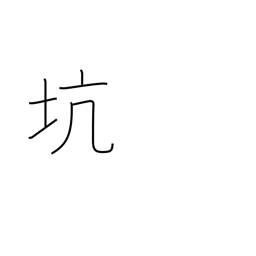
Meaning: hole